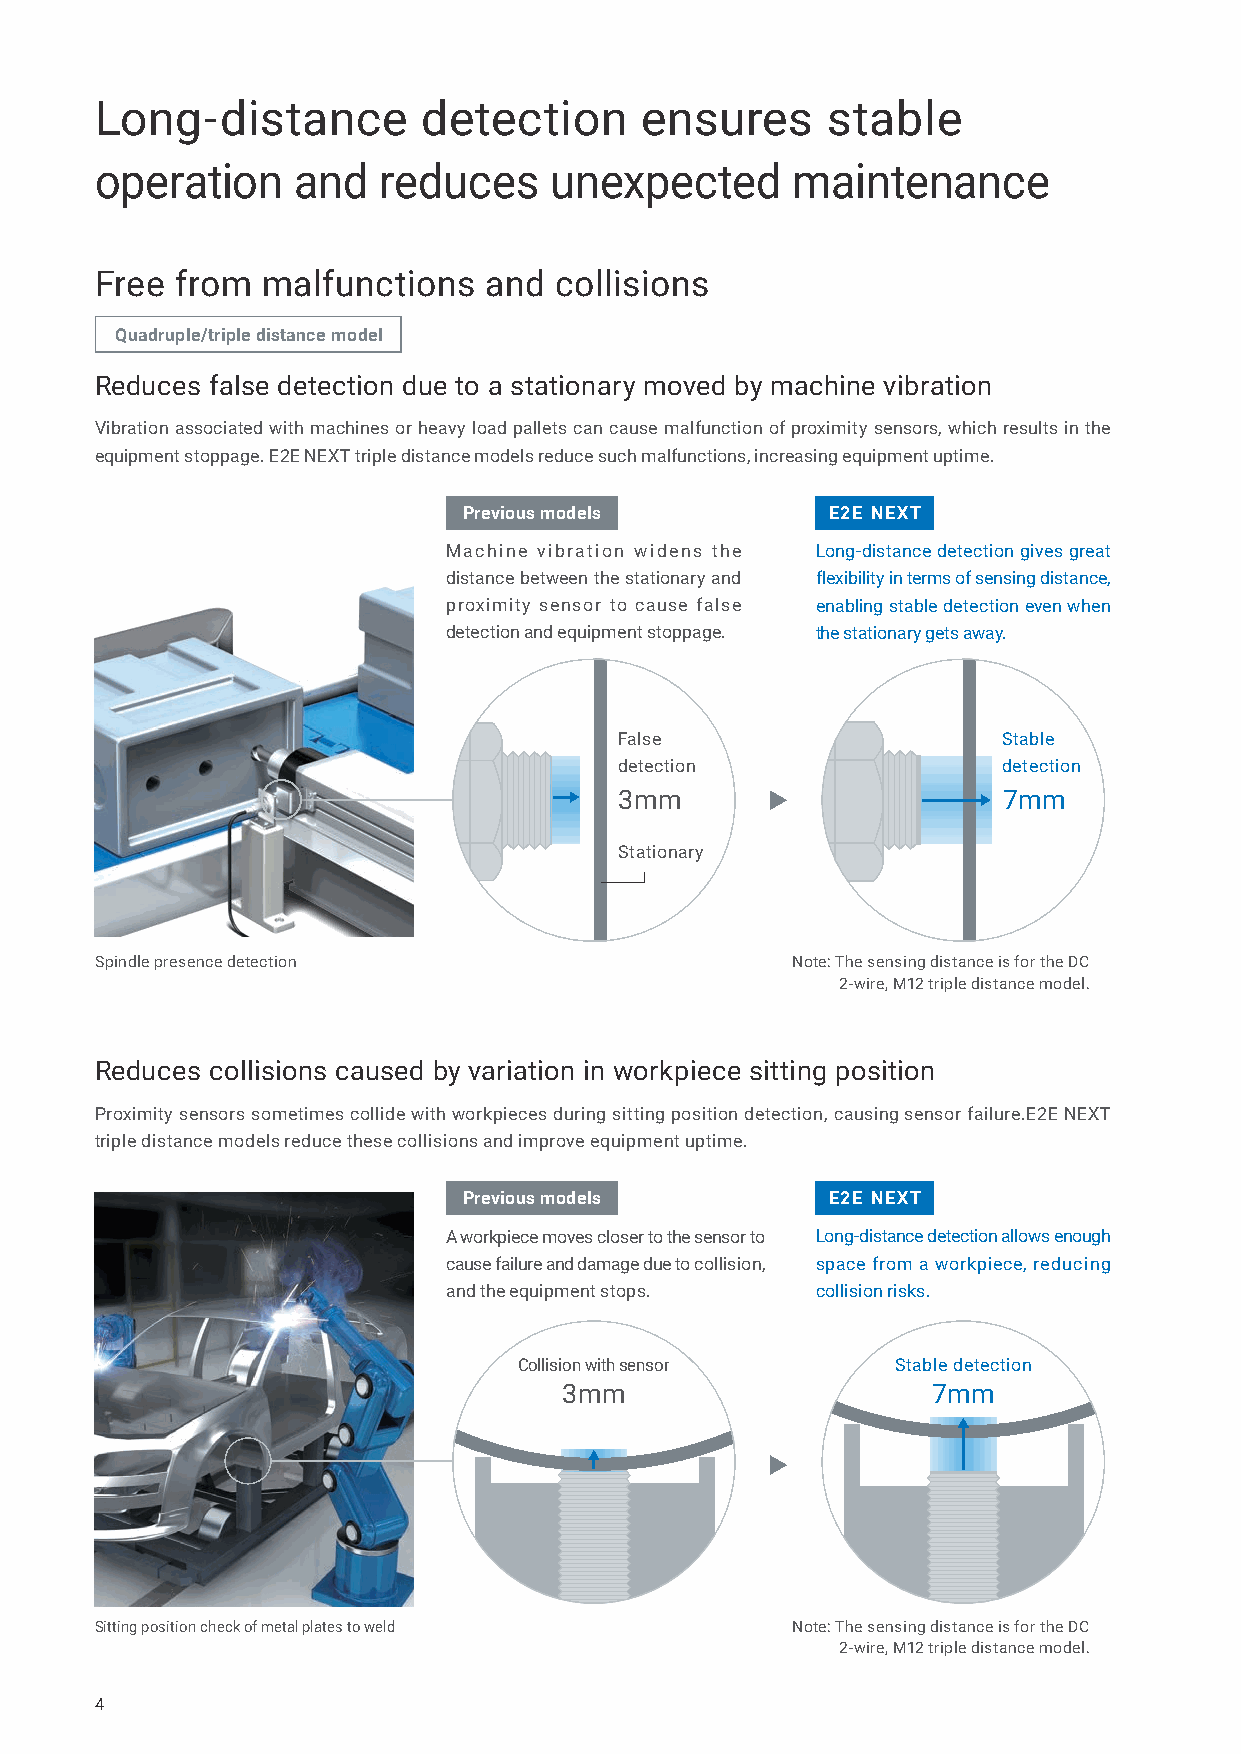
Long-distance         detection     ensures      stable
 operation    and   reduces    unexpected      maintenance
 Free  from malfunctions   and  collisions
 Quadruple/triple distance model
 Reduces false detection due to a stationary moved by machine vibration
 Vibration associated with machines or heavy load pallets can cause malfunction of proximity sensors, which results in the
 equipment stoppage. E2E NEXT triple distance models reduce such malfunctions, increasing equipment uptime.
 Previous models         E2E NEXT
 Machine vibration widens the Long-distance detection gives great
 distance between the stationary and flexibility in terms of sensing distance,
 proximity sensor to cause false enabling stable detection even when
 detection and equipment stoppage. the stationary gets away.
 False                    Stable
 detection                detection
 3mm                      7mm
 Stationary
 Spindle presence detection                    Note: The sensing distance is for the DC
 2-wire, M12 triple distance model.
 Reduces collisions caused by variation in workpiece sitting position
 Proximity sensors sometimes collide with workpieces during sitting position detection, causing sensor failure.E2E NEXT
 triple distance models reduce these collisions and improve equipment uptime.
 Previous models         E2E NEXT
 A workpiece moves closer to the sensor to Long-distance detection allows enough
 cause failure and damage due to collision, space from a workpiece, reducing
 and the equipment stops. collision risks.
 Collision with sensor    Stable detection
 3mm                      7mm
 Sitting position check of metal plates to weld Note: The sensing distance is for the DC
 2-wire, M12 triple distance model.
 4